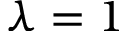
\lambda = 1